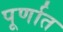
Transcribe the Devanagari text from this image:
पूर्णात